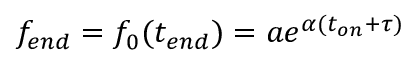
f _ { e n d } = f _ { 0 } ( t _ { e n d } ) = a e ^ { \alpha ( t _ { o n } + \tau ) }